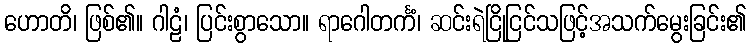
ဟောတိ၊ ဖြစ်၏။ ဂါဠံ၊ ပြင်းစွာသော။ ရာဂေါတင်္ကံ၊ ဆင်းရဲငြိုငြင်သဖြင့်အသက်မွေးခြင်း၏